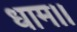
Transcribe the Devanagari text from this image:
धाम।।